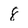
Character: 8